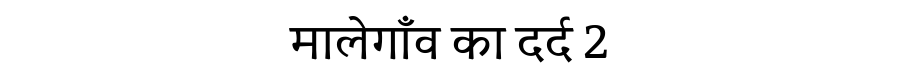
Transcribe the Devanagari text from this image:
मालेगाँव का दर्द 2